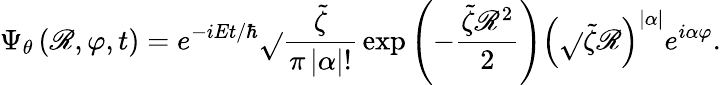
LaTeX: \Psi_{\theta}\left(\mathscr{R},\varphi,t\right)=e^{-iEt/\hbar}\sqrt{}{{\frac{{\tilde{{\zeta}}}}{{\pi\left|\alpha\right|!}}}}\exp\left(-\frac{{\tilde{{\zeta}}\mathscr{R}^{2}}}{{2}}\right)\left(\sqrt{}{{\tilde{{\zeta}}}}\mathscr{R}\right)^{\left|\alpha\right|}e^{i\alpha\varphi}.